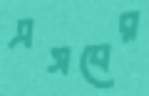
এসবের